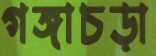
গঙ্গাচড়া